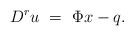
\begin{align*}D^r { u} ~=~ \Phi x - { q}.\end{align*}